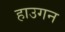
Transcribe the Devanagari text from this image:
हाउगन